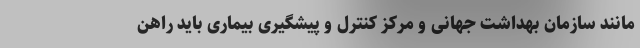
مانند سازمان بهداشت جهانی و مرکز کنترل و پیشگیری بیماری باید راهن